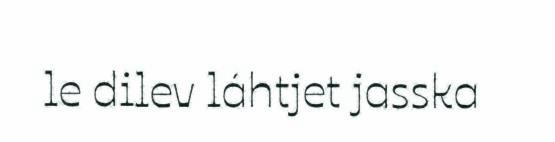
le dilev láhtjet jasska